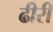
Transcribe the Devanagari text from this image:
ढीरी